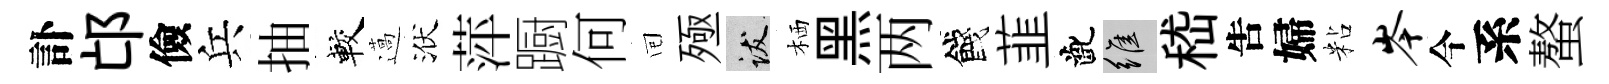
訃邙儉兵抽較薖洑萍蹰何囘殛跋栖黑两餞韮齔維嵇吿婦粘岑今系螯